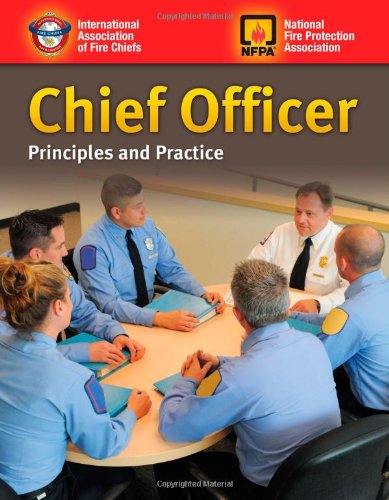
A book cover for Chief Officer: Principles And Practice; IAFC; Law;